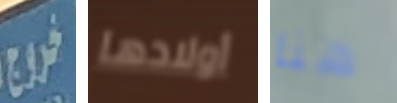
خروج أولادها هنا